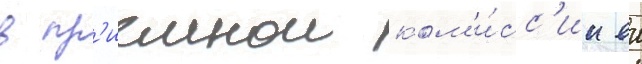
в пр'иемнои ком'и́сс'ии еи